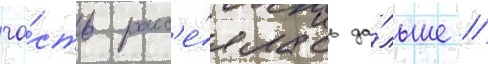
ча́сть расс'е́ялась да́льше //